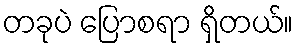
တခုပဲ ပြောစရာ ရှိတယ်။